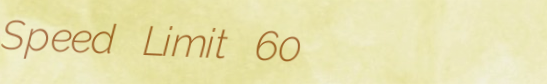
Speed Limit 60